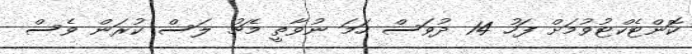
ކޮންޓެކްޓުވުމަށް ފަހު 14 ދުވަސް ހަމަ ނުވާތީ މެޗު ލަސް ކުރަން ވެސް